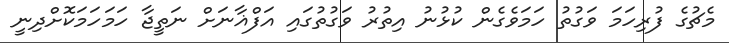
މެޗުގެ ފުރިހަމަ ވަގުތު ހަމަވެގެން ކުޅުނު އިތުރު ވަގުތުގައި އަފްޣާނަށް ނަތީޖާ ހަމަހަމަކޮށްދިނީ